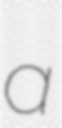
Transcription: a